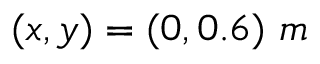
( x , y ) = ( 0 , 0 . 6 ) \ m